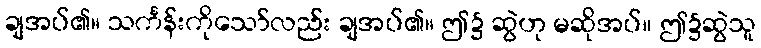
ချအပ်၏။ သင်္ကန်းကိုသော်လည်း ချအပ်၏။ ဤ၌ ဆွဲဟု မဆိုအပ်။ ဤ၌ဆွဲသူ